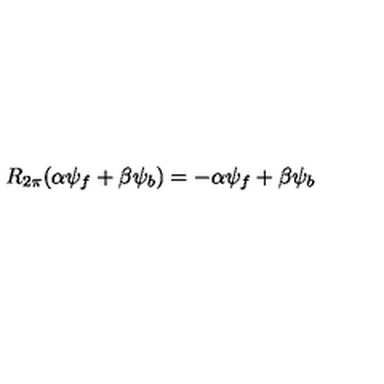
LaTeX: R _ { 2 \pi } ( { \alpha } { \psi } _ { f } + { \beta } { \psi } _ { b } ) = - { \alpha } { \psi } _ { f } + { \beta } { \psi } _ { b }